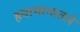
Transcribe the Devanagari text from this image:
हवामानातले